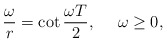
\begin{align*} \frac{\omega}{r}=\cot\frac{\omega T}{2}, \ \ \ \ \omega \ge 0,\end{align*}